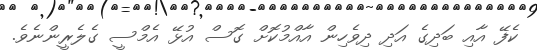
ކެފޭ އާއި ބަދިގެ އަދި ދިވެހިން އާއްމުކޮށް ގޮސް އުޅޭ އެމްސީ ގެލެރީންނެވެ.